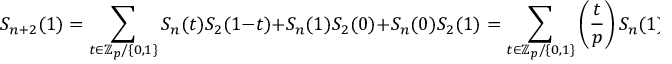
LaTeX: S _ { n + 2 } ( 1 ) = \sum _ { t \in \mathbb { Z } _ { p } / \{ 0 , 1 \} } S _ { n } ( t ) S _ { 2 } ( 1 - t ) + S _ { n } ( 1 ) S _ { 2 } ( 0 ) + S _ { n } ( 0 ) S _ { 2 } ( 1 ) = \sum _ { t \in \mathbb { Z } _ { p } / \{ 0 , 1 \} } \left( { \frac { t } { p } } \right) S _ { n } ( 1 ) \left( - \left( { \frac { - 1 } { p } } \right) \right) + S _ { n } ( 1 ) \left( { \frac { - 1 } { p } } \right) ( p - 1 ) = S _ { n } ( 1 ) \left( { \frac { - 1 } { p } } \right) p .